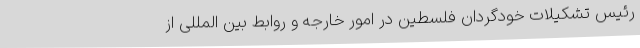
رئیس تشکیلات خودگردان فلسطین در امور خارجه و روابط بین المللی از